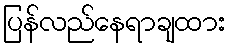
ပြန်လည်နေရာချထား